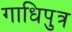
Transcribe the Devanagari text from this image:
गाधिपुत्र